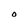
Character: O